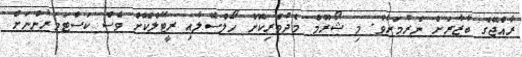
ރާއްޖޭގެ ބާޒާރަށް ނެރުމަށެވެ. މި ޝޯރޫމް މެދުވެރިކޮށް ހޯލްސޭލާއި ރީޓޭލްކޮށް ވެސް ކަސްޓަމަރުންނަށް